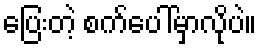
ပြေးတဲ့ စက်ပေါ်မှာလိုပဲ။